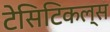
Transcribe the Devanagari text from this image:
टेसिटिकल्स